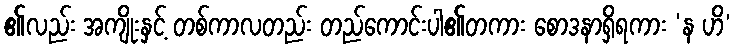
၏လည်း အကျိုးနှင့် တစ်ကာလတည်း တည်ကောင်းပါ၏တကား စောဒနာရှိရကား ‘န ဟိ’